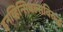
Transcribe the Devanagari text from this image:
इनव्हिन्सिबल्सविरुद्ध